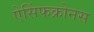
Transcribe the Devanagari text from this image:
ऐसिंफक्रोनस